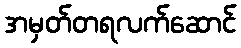
အမှတ်တရလက်ဆောင်